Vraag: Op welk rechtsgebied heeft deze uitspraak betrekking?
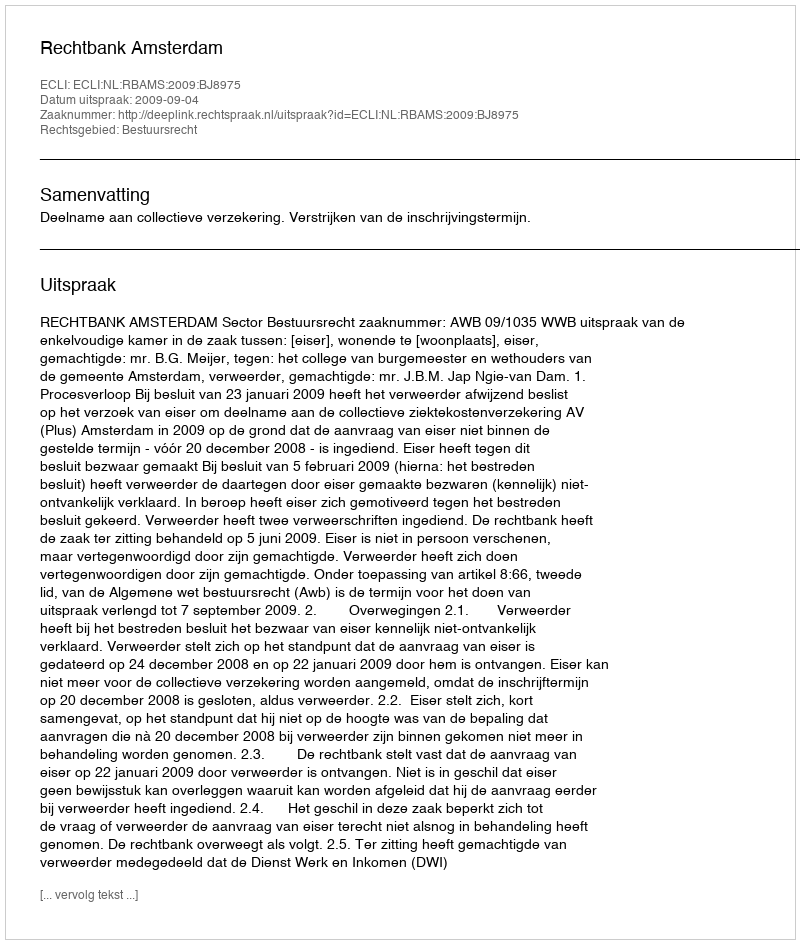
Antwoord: Bestuursrecht